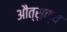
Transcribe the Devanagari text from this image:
औत्सुक्‍य